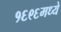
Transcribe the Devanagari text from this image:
१६९६मध्ये